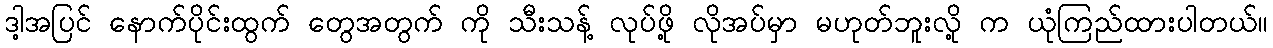
ဒါ့အပြင် နောက်ပိုင်းထွက် တွေအတွက် ကို သီးသန့် လုပ်ဖို့ လိုအပ်မှာ မဟုတ်ဘူးလို့ က ယုံကြည်ထားပါတယ်။